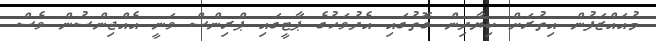
މުއައްޒަފުން އިތުރަށް ކިޔާދިން ގޮތުގައި އެދުވަހުގެ ޕާޓީގައި ޕްރިންސް ވަނީ އެއްޖިންސުން ވެސް